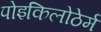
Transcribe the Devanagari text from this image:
पोइकिलोठेर्म